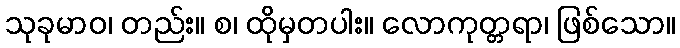
သုခုမာဝ၊ တည်း။ စ၊ ထိုမှတပါး။ လောကုတ္တရာ၊ ဖြစ်သော။